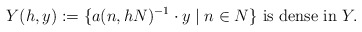
\begin{align*}Y(h,y):=\{a(n, hN)^{-1}\cdot y\mid n\in N\}\textup{ is dense in } Y.\end{align*}